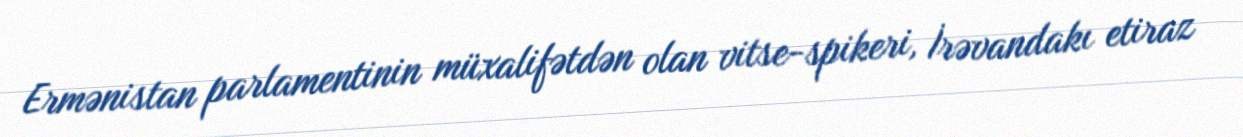
Ermənistan parlamentinin müxalifətdən olan vitse-spikeri, İrəvandakı etiraz